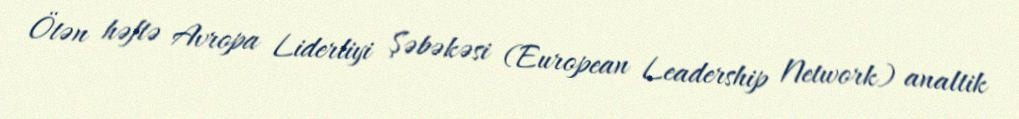
Ötən həftə Avropa Liderliyi Şəbəkəsi (European Leadership Network) analtik